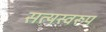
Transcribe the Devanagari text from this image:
सत्‍यस्‍वरूप